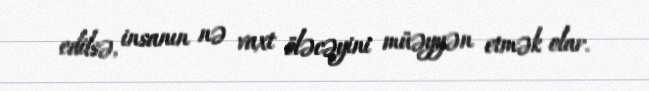
edilsə, insanın nə vaxt öləcəyini müəyyən etmək olar.